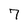
Character: 7